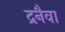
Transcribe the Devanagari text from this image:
द्रनैवा